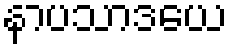
နာပသာဒယေ